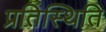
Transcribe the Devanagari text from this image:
प्रतिस्थिति